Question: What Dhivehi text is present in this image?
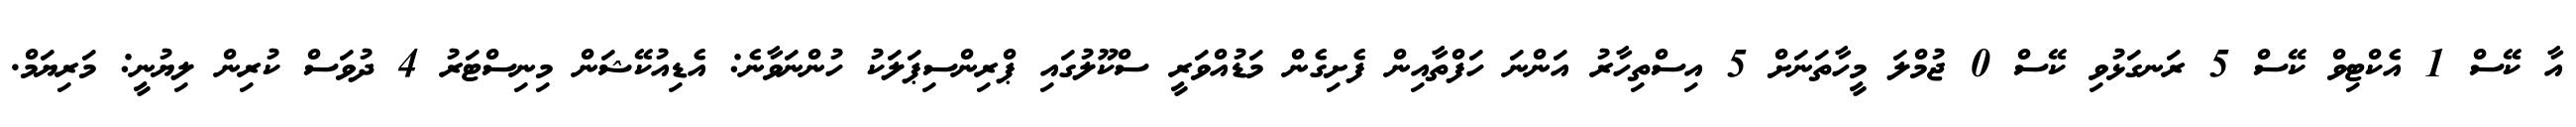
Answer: އާ ކޭސް 1 އެކްޓިވް ކޭސް 5 ރަނގަޅުވި ކޭސް 0 ޖުމްލަ މީހާތަނަށް 5 އިސްތިހާރު އަންނަ ހަފްތާއިން ފެށިގެން މަޑުއްވަރީ ސްކޫލުގައި ޕްރިންސިޕަލަކު ހުންނަވާނެ: އެޑިއުކޭޝަން މިނިސްޓަރު 4 ދުވަސް ކުރިން ލިޔުނީ: މަރިޔަމް.